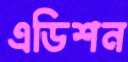
এডিশন